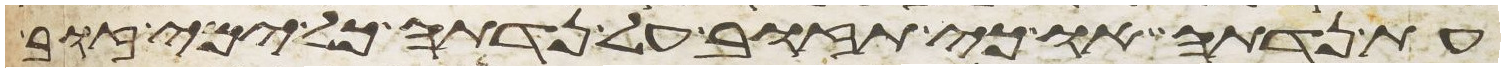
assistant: עת נדתה או כי תזוב על נדתה כל ימי זוב